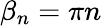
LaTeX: \beta_{n}=\pi n